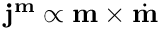
\mathbf { j } ^ { \mathbf { m } } \propto \mathbf { m } \times \dot { \mathbf { m } }